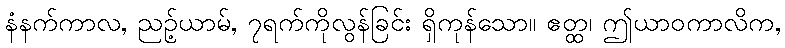
နံနက်ကာလ, ညဉ့်ယာမ်, ၇ရက်ကိုလွန်ခြင်း ရှိကုန်သော။ ဧတ္ထ၊ ဤယာဝကာလိက,